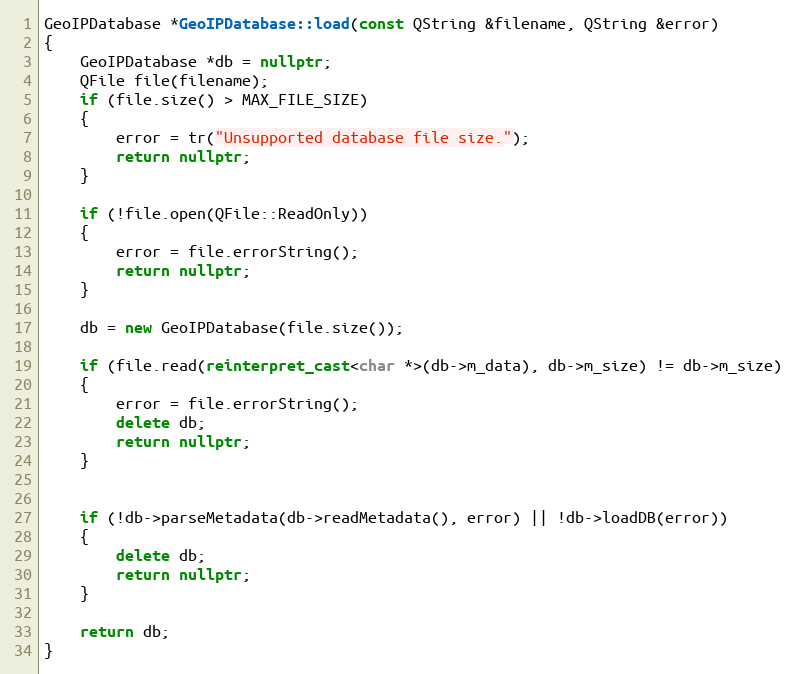
Language: C++
GeoIPDatabase *GeoIPDatabase::load(const QString &filename, QString &error)
{
    GeoIPDatabase *db = nullptr;
    QFile file(filename);
    if (file.size() > MAX_FILE_SIZE)
    {
        error = tr("Unsupported database file size.");
        return nullptr;
    }

    if (!file.open(QFile::ReadOnly))
    {
        error = file.errorString();
        return nullptr;
    }

    db = new GeoIPDatabase(file.size());

    if (file.read(reinterpret_cast<char *>(db->m_data), db->m_size) != db->m_size)
    {
        error = file.errorString();
        delete db;
        return nullptr;
    }

    if (!db->parseMetadata(db->readMetadata(), error) || !db->loadDB(error))
    {
        delete db;
        return nullptr;
    }

    return db;
}